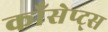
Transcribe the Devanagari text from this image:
कॉंसेप्ट्स